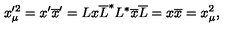
x _ { \mu } ^ { \prime 2 } = x ^ { \prime } \overline { { x } } ^ { \prime } = L x \overline { { L } } ^ { * } L ^ { * } \overline { { x } } \overline { { L } } = x \overline { { x } } = x _ { \mu } ^ { 2 } ,